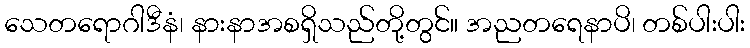
သေတရောဂါဒီနံ၊ နားနာအစရှိသည်တို့တွင်။ အညတရေနာပိ၊ တစ်ပါးပါး